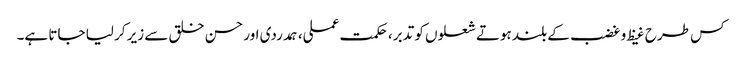
کس طرح غیظ و غضب کے بلند ہوتے شعلوں کو تدبر، حکمت عملی، ہمدردی اور حسن خلق سے زیر کر لیا جاتا ہے۔